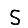
Digit: 5